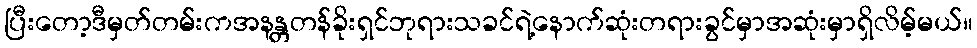
ပြီးတော့ဒီမှတ်တမ်းကအနန္တတန်ခိုးရှင်ဘုရားသခင်ရဲ့နောက်ဆုံးတရားခွင်မှာအဆုံးမှာရှိလိမ့်မယ်။